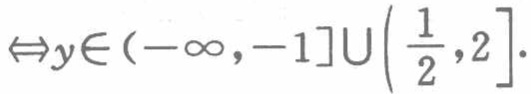
$\Leftrightarrow y\in (-\infty ,-1]\cup \left(\frac{1}{2},2\right].$